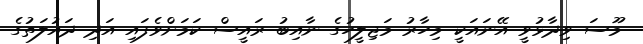
މޫސަ ވިދާޅުވީ އޭނައަކީ މިހާރު މަޖިލީހުގެ ނާއިބު ރައީސް ކަމަށްވެފައި އަދި ދައުލަތުގެ